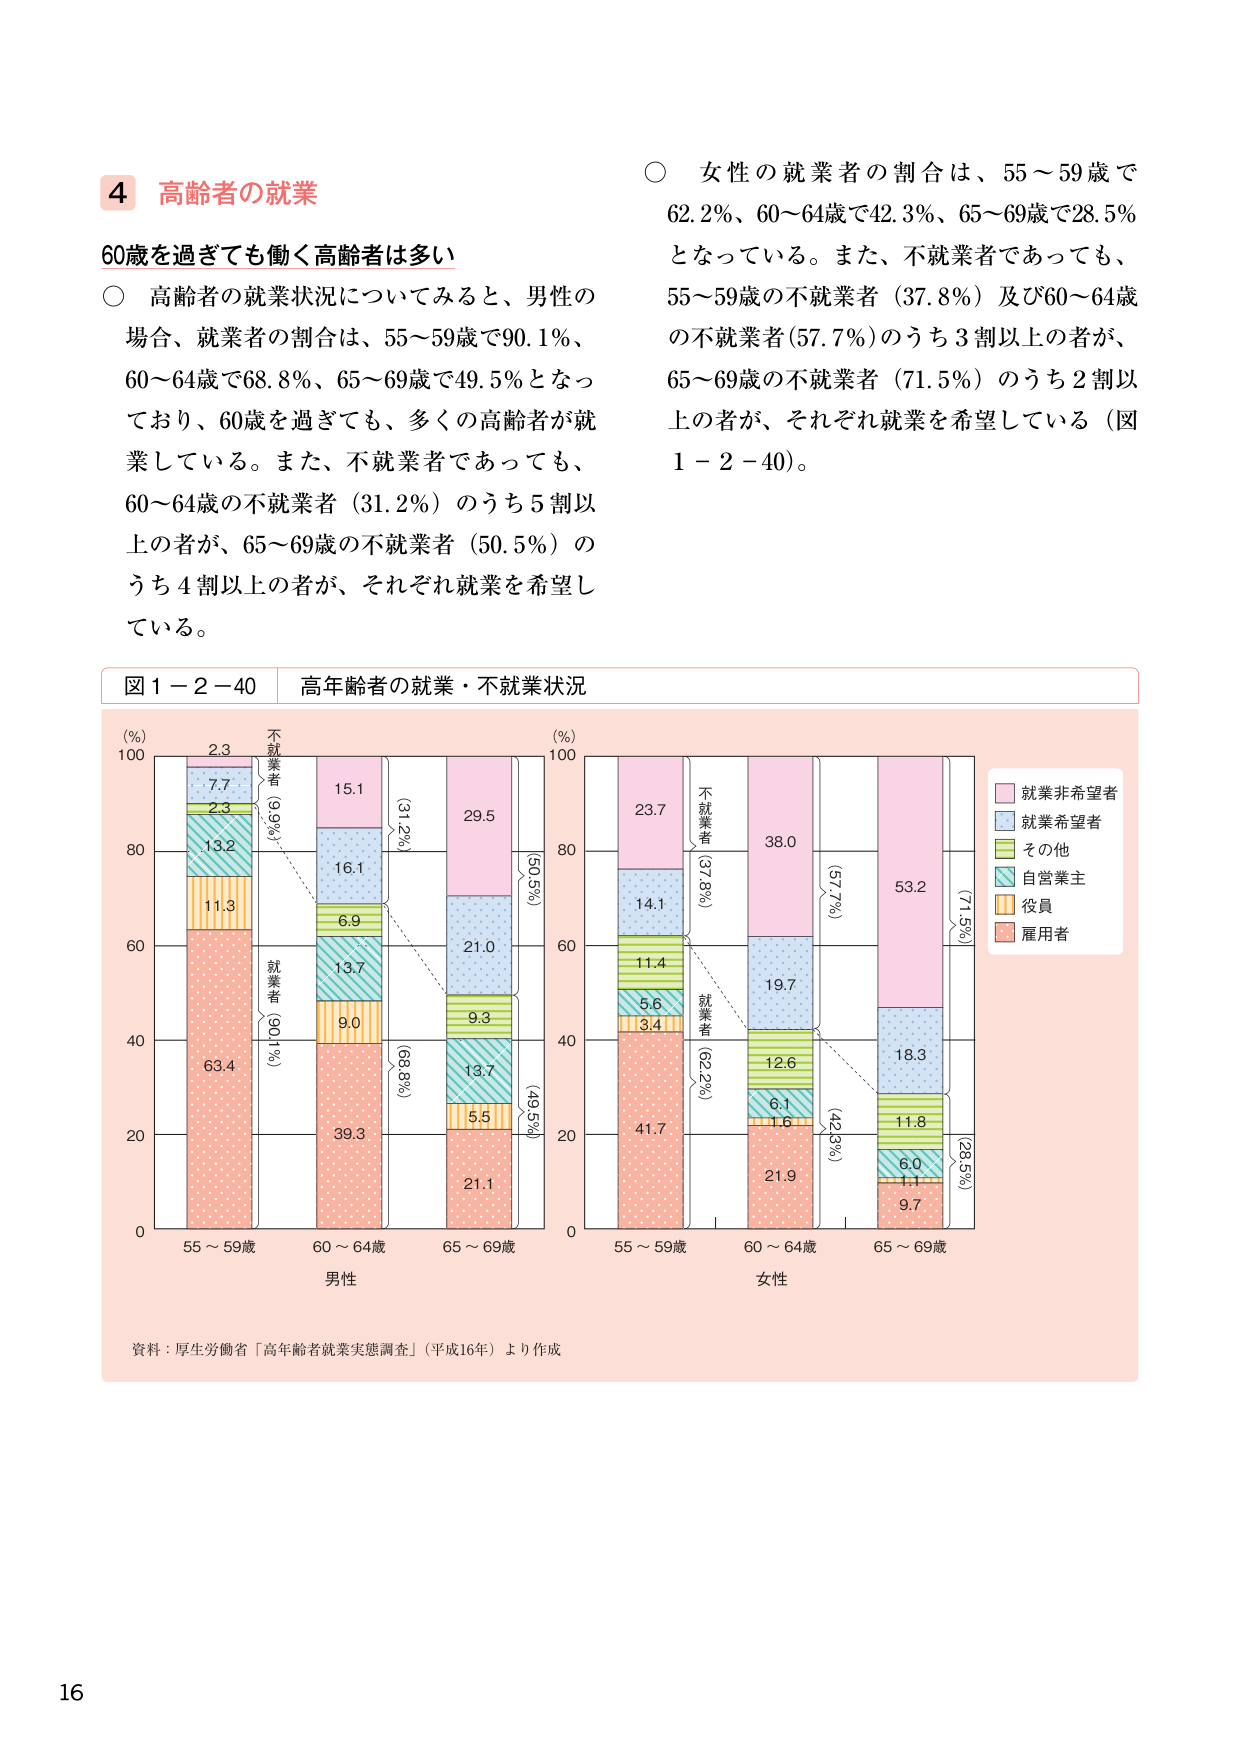
4 高齢者の就業

60歳を過ぎても働く高齢者は多い

○ 高齢者の就業状況についてみると、男性の場合、就業者の割合は、55～59歳で90.1％、60～64歳で68.8％、65～69歳で49.5％となっており、60歳を過ぎても、多くの高齢者が就業している。また、不就業者であっても、60～64歳の不就業者（31.2％）のうち5割以上の者が、65～69歳の不就業者（50.5％）のうち4割以上の者が、それぞれ就業を希望している。

○ 女性の就業者の割合は、55～59歳で62.2％、60～64歳で42.3％、65～69歳で28.5％となっている。また、不就業者であっても、55～59歳の不就業者（37.8％）及び60～64歳の不就業者（57.7％）のうち3割以上の者が、65～69歳の不就業者（71.5％）のうち2割以上の者が、それぞれ就業を希望している（図1－2－40）。

図1－2－40 高年齢者の就業・不就業状況

(%) 100
2.3
7.7
2.3
13.2
11.3
63.4
不就業者
(9.9%)
就業者
(90.1%)
55～59歳
60～64歳
65～69歳
男性

15.1
16.1
6.9
13.7
9.0
39.3
(31.2%)
(68.8%)
(50.5%)
(31.2%)
(68.8%)
(50.5%)

29.5
21.0
9.3
13.7
5.5
21.1
(49.5%)
(49.5%)

(%) 100
23.7
14.1
11.4
5.6
3.4
41.7
不就業者
(37.8%)
就業者
(62.2%)
55～59歳
60～64歳
65～69歳
女性

38.0
19.7
12.6
6.1
1.6
21.9
(57.7%)
(42.3%)

53.2
18.3
11.8
6.0
1.1
9.7
(71.5%)
(28.5%)

就業非希望者
就業希望者
その他
自営業主
役員
雇用者

資料：厚生労働省「高年齢者就業実態調査」（平成16年）より作成

16